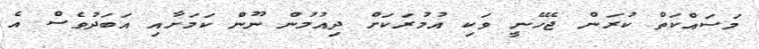
މަސައްކަތް ކުރަން ޖެހޭނީ ވަކި އުމުރަކަށް ދިއުމުން ނޫން ކަަމަށާއި އަބަދުވެސް އެ